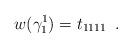
LaTeX: \begin{align*} w(\gamma^1_1) =t_{1111} \enspace . \end{align*}